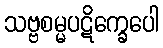
သဗ္ဗစမ္မပဋိက္ခေပေါ